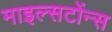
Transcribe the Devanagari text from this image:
माइल्सटोंन्स